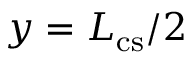
y = L _ { \mathrm { { c s } } } / 2